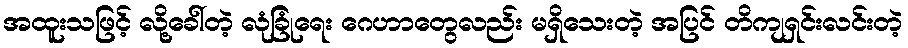
အထူးသဖြင့် လို့ခေါ်တဲ့ လုံခြုံရေး ဂေဟာတွေလည်း မရှိသေးတဲ့ အပြင် တိကျရှင်းလင်းတဲ့